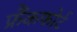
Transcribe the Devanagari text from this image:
फ्रैंकफोर्ट